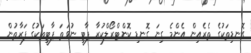
ގޮނޑިތަކުގެ ތެރެއިން އެންމެ ގިނަ ގޮނޑި ކޮންޓްރޯލްކުރާ ޕާޓީ ނުވަތަ ޕާޓީތަކުގެ ފަރާތުން